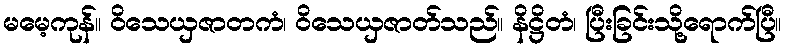
မမေ့ကုန်။ ဝိသေယှဇာတကံ၊ ဝိသေယှဇာတ်သည်။ နိဋ္ဌိတံ၊ ပြီးခြင်းသို့ရောက်ပြီ။